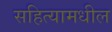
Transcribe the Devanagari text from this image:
सहित्यामधील